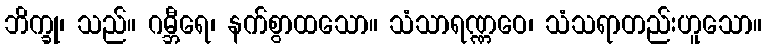
ဘိက္ခု၊ သည်။ ဂမ္ဘီရေ၊ နက်စွာထသော။ သံသာရဏ္ဏဝေ၊ သံသရာတည်းဟူသော။